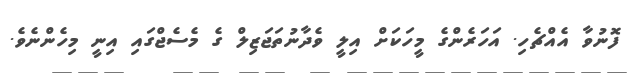
ފޮނުވާ އެއްޗެހި. އަހަރެންގެ މީހަކަށް އިލީ ވެދާނުތަޖަޒިލް ގެ މެސެޖްގައި އިނީ މިހެންނެވެ.